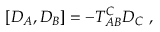
\left[ D _ { A } , D _ { B } \right] = - T _ { A B } ^ { C } D _ { C } \ ,